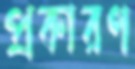
প্রকারণ